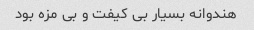
هندوانه بسیار‌ بی کیفت و بی مزه بود